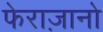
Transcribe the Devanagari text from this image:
फेराज़ानो